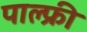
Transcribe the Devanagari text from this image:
पाल्फ्री